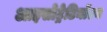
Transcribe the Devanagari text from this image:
आइसोट्रेटिनॉएन